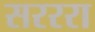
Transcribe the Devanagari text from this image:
सरररा